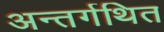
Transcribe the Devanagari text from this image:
अन्तर्गथित